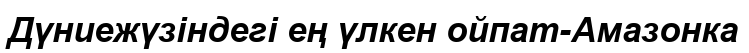
Дүниежүзіндегі ең үлкен ойпат-Амазонка